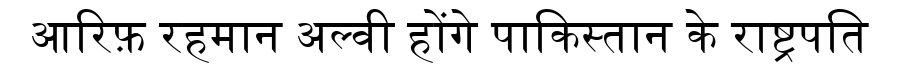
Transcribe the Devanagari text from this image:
आरिफ़ रहमान अल्वी होंगे पाकिस्तान के राष्ट्रपति